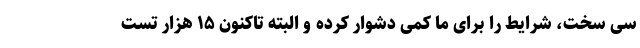
سی سخت، شرایط را برای ما کمی دشوار کرده و البته تاکنون ۱۵ هزار تست